Indian journal of veterinary science and animal husbandry - Volumes 28-29, 1958-1959
Year: 1958
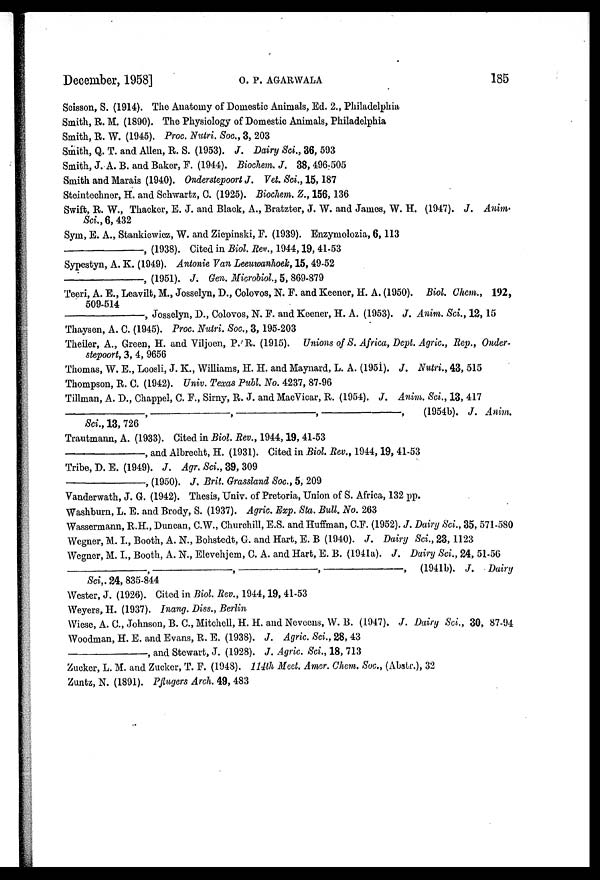
December, 1958]
O.
P.
AGARWALA
185
Scisson, S. (1914). The Anatomy of Domestic Animals, Ed. 2., Philadelphia
Smith, R. M. (1890). The Physiology of Domestic Animals, Philadelphia
Smith, R. W. (1945). Proc. Nutri. Soc., 3, 203
Smith, Q. T. and Allen, R. S. (1953). J. Dairy Sci., 36, 593
Smith, J. A. B. and Baker, F. (1944). Biochem. J. 38, 496-505
Smith and Marais (1940). Onderstepoort J. Vet. Sci., 15, 187
Steintechner, H. and Schwartz, C. (1925). Biochem. Z., 156, 136
Swift, R. W., Thacker, E. J. and Black, A., Bratzter, J. W. and James, W. H. (1947). J. Anim.
Sci., 6, 432
Sym, E. A., Stankiewicz, W. and Ziepinski, F. (1939). Enzymolozia, 6, 113
————,
(1938). Cited in Biol. Rev., 1944, 19, 41-53
Sypestyn, A. K. (1949). Anionie Van Leeuwanhoek, 15, 49-52
————,
(1951). J. Gen. Microbiol., 5, 869-879
Teeri, A. E., Leavilt, M., Josselyn, D., Colovos, N. F. and Keener, H. A. (1950). Biol. Chem., 192,
509-514
————,
Josselyn, D., Colovos, N. F. and Keener, H. A. (1953). J. Anim. Sci., 12, 15
Thaysen, A. C. (1945). Proc. Nutri. Soc., 3, 195-203
Theiler, A., Green, H. and Viljoen, P. R. (1915). Unions of S. Africa, Dept. Agric., Rep., Onder-
stepoort, 3, 4, 9656
Thomas, W. E., Loosli, J. K., Williams, H. H. and Maynard, L. A. (1951). J. Nutri., 43, 515
Thompson, R. C. (1942). Univ. Texas Publ. No. 4237, 87-96
Tillman, A. D., Chappel, C. F., Sirny, R. J. and MacVicar, R. (1954). J. Anim. Sci., 13, 417
—————,————,————,————,
(1954b). J. Anim.
Sci., 13, 726
Trautmann, A. (1933). Cited in Biol. Rev., 1944, 19, 41-53
————,
and Albrecht, H. (1931). Cited in Biol. Rev., 1944, 19, 41-53
Tribe, D. E. (1949). J. Agr. Sci., 39, 309
—————, (1950). J. Brit. Grassland Soc., 5, 209
Vanderwath, J. G. (1942). Thesis, Univ. of Pretoria, Union of S. Africa, 132 pp.
Washburn, L. E. and Brody, S. (1937). Agric. Exp. Sta. Bull. No. 263
Wassermann, R.H., Duncan, C.W., Churchill, E.S. and Huffman, C.F. (1952). J. Dairy Sci., 35, 571-580
Wegner, M. I., Booth, A. N., Bohstedt, G. and Hart, E. B (1940). J. Dairy Sci., 23, 1123
Wegner, M. I., Booth, A. N., Elevehjem, C. A. and Hart, E. B. (1941a). J. Dairy Sci., 24, 51-56
————,————,————,————,
(1941b). J. Dairy
Sci., 24, 835-844
Wester, J. (1926). Cited in Biol. Rev., 1944, 19, 41-53
Weyers, H. (1937). Inang. Diss., Berlin
Wiese, A. C., Johnson, B. C., Mitchell, H. H. and Neveens, W. B. (1947). J. Dairy Sci., 30, 87-94
Woodman, H. E. and Evans, R. E. (1938). J. Agric. Sci., 28, 43
————,
and Stewart, J. (1928). J. Agric. Sci., 18, 713
Zucker, L. M. and Zucker, T. F. (1948). 114th Meet. Amer. Chem. Soc., (Abstr.), 32
Zuntz, N. (1891). Pflugers Arch. 49, 483